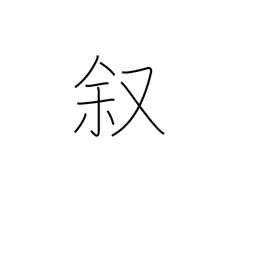
Meaning: narrate